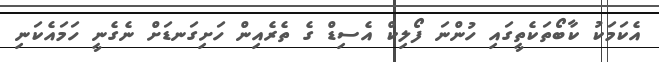
އެކަމަކު ކާބޯތަކެތީގައި ހުންނަ ފޯލިކް އެސިޑް ގެ ތެރެއިން ހަށިގަނޑަށް ނެގެނީ ހަމައެކަނި